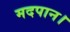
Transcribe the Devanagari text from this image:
मदपान।